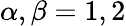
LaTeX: \alpha,\beta=1,2